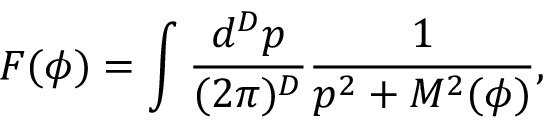
F ( \phi ) = \int \frac { d ^ { D } p } { ( 2 \pi ) ^ { D } } \frac { 1 } { p ^ { 2 } + M ^ { 2 } ( \phi ) } ,